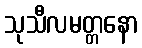
သုသီလမတ္တနော